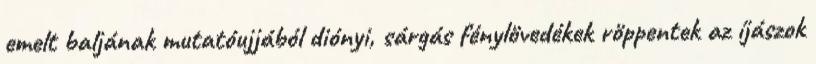
emelt baljának mutatóujjából diónyi, sárgás fénylövedékek röppentek az íjászok